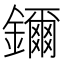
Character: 鑈